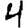
Digit: 4